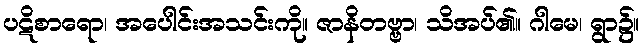
ပဋိစာရော၊ အပေါင်းအသင်းကို။ ဇာနိတဗ္ဗာ၊ သိအပ်၏။ ဂါမေ၊ ရွာ၌။